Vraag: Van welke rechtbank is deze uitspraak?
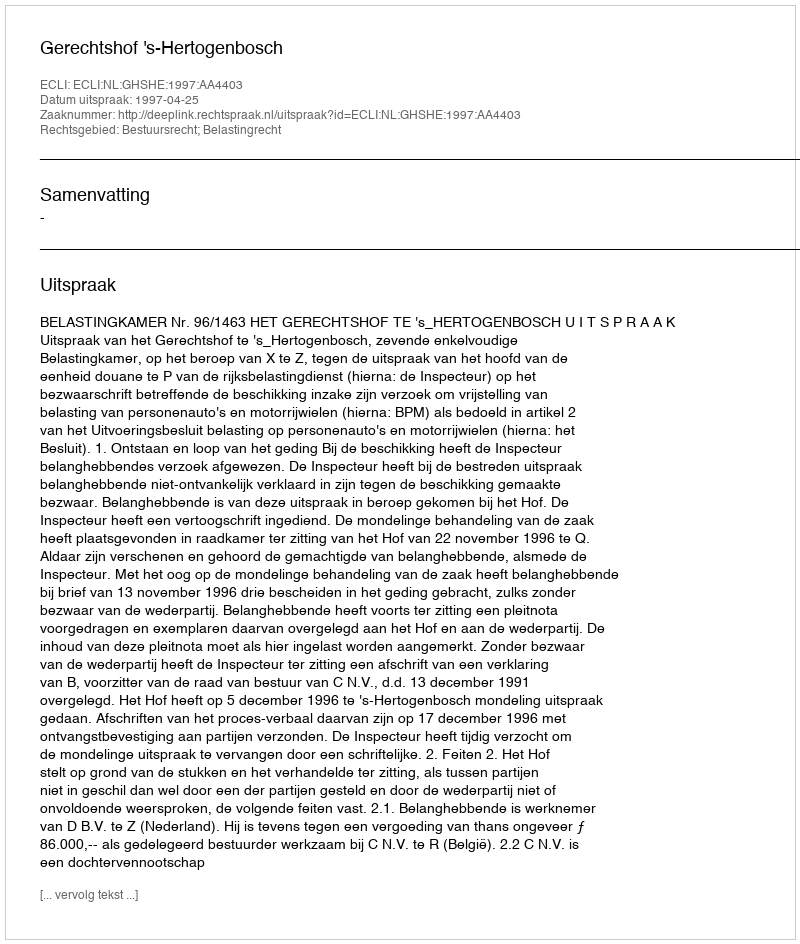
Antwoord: Gerechtshof 's-Hertogenbosch